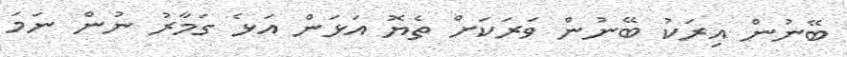
ބޭނުން އިރަކު ބޭނުން ވަރަކަށް ތެޔޮ އަޅަން އަޅެ ގަމާރު ނުން ނަމަ